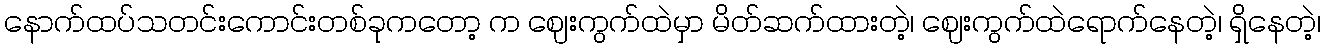
နောက်ထပ်သတင်းကောင်းတစ်ခုကတော့ က ဈေးကွက်ထဲမှာ မိတ်ဆက်ထားတဲ့၊ ဈေးကွက်ထဲရောက်နေတဲ့၊ ရှိနေတဲ့၊